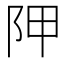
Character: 𨸺